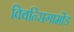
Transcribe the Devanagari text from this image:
क्विन्सिगामोंड